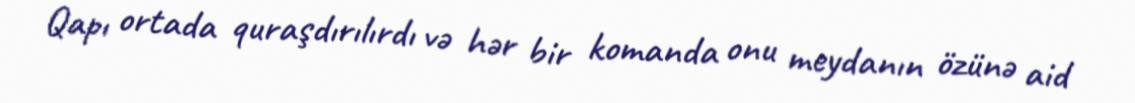
Qapı ortada quraşdırılırdı və hər bir komanda onu meydanın özünə aid